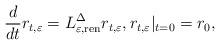
LaTeX: \begin{align*} \frac{d}{d t} r_{t,\varepsilon} = L^\Delta_{\varepsilon, {\rm ren}}r_{t,\varepsilon}, r_{t,\varepsilon}|_{t=0} =r_{0},\end{align*}